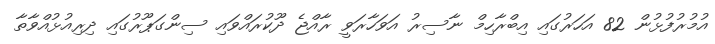
އުމުރުފުޅުން 82 އަހަރުގައި އިބްރާހިމް ނާސިރު އަވަހާރަވީ ރާއްޖެ ދޫކުރައްވައި ސިންގަޕޫރުގައި ދިރިއުޅުއްވާތާ